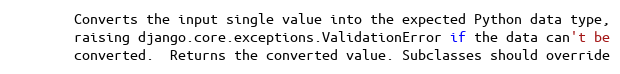
Language: Python
        Converts the input single value into the expected Python data type,
        raising django.core.exceptions.ValidationError if the data can't be
        converted.  Returns the converted value. Subclasses should override